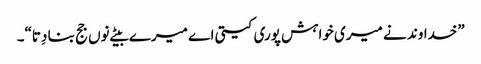
”خداوند نے میری خواہش پوری کیتی اے میرے بیٹے نوں جج بنا دِتا“۔